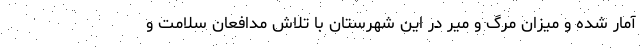
آمار شده و میزان مرگ و میر در این شهرستان با تلاش مدافعان سلامت و